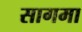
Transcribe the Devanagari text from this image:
सागमा